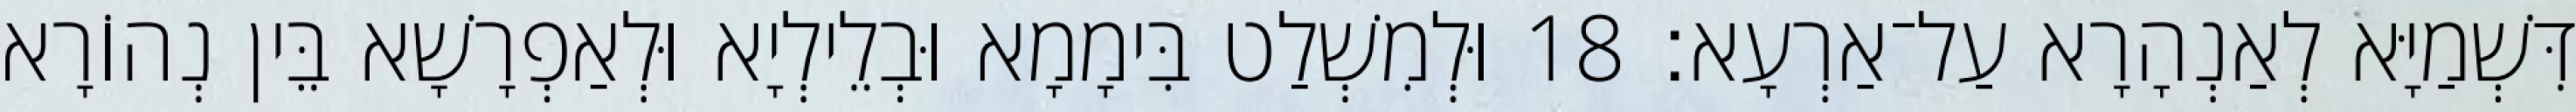
דִּשְׁמַיָּא לְאַנְהָרָא עַל־אַרְעָא׃ 18 וּלְמִשְׁלַט בִּימָמָא וּבְלֵילְיָא וּלְאַפְרָשָׁא בֵּין נְהוֹרָא